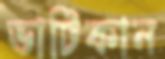
ভাটিকান